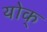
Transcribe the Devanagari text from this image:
योक्